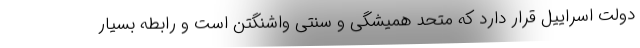
دولت اسراییل قرار دارد که متحد همیشگی و سنتی واشنگتن است و رابطه بسیار